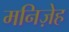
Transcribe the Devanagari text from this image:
मनिज़ेह